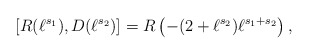
\begin{align*}\left[ R(\ell^{s_1}), D(\ell^{s_2}) \right] = R\left( -(2+\ell^{s_2}) \ell^{s_1+s_2} \right),\end{align*}